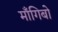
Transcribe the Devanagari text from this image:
माँगिबो